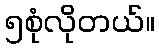
၅စုံလိုတယ်။